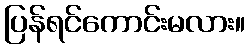
ပြန်ရင်ကောင်းမလား။